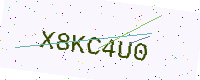
Text: X8KC4U0